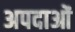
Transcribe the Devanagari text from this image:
अपदाओं